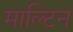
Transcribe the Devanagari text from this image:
माल्टिन